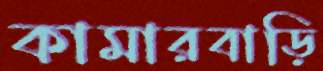
কামারবাড়ি